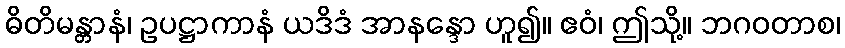
ဓိတိမန္တာနံ၊ ဥပဋ္ဌာကာနံ ယဒိဒံ အာနန္ဒော ဟူ၍။ ဧဝံ၊ ဤသို့။ ဘဂဝတာစ၊